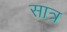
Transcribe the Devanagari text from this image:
सात्र